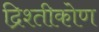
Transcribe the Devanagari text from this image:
द्रिश्तीकोण